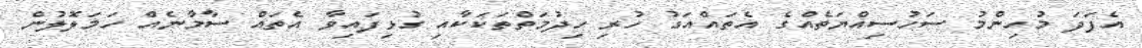
އެފަދަ މުހިންމު ސަހުސިއްޔަތެއްގެ އެތައްއަގު ހުރި ހިދުމަތްތަކަކާއި ގުޅިފައިވާ އެތައް ސާމާނެއް ހަމަލޮލުން